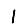
Digit: 1